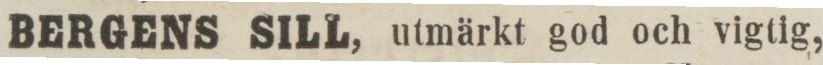
BERGENS SILL, utmärkt god och vigtig,